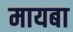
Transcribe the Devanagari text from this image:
मायबा